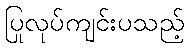
ပြုလုပ်ကျင်းပသည့်